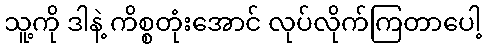
သူ့ကို ဒါနဲ့ ကိစ္စတုံးအောင် လုပ်လိုက်ကြတာပေါ့